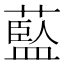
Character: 𦾐